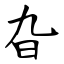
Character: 旮